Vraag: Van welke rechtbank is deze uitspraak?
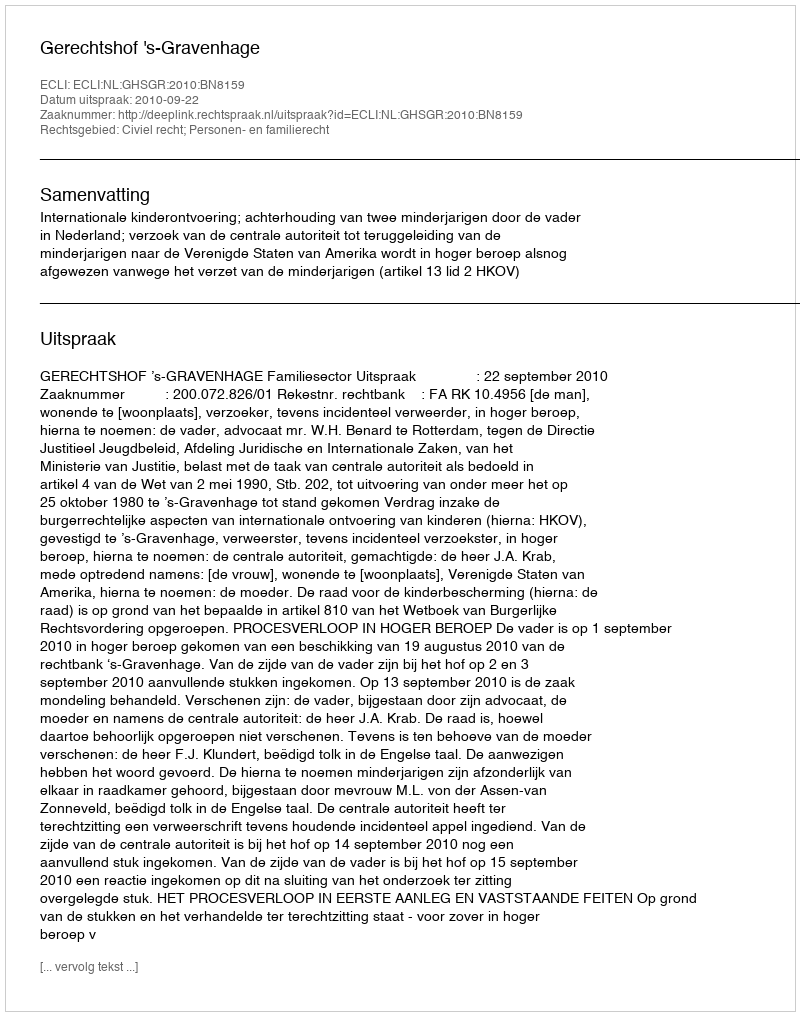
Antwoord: Gerechtshof 's-Gravenhage